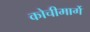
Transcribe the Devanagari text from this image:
कोचीमार्गे